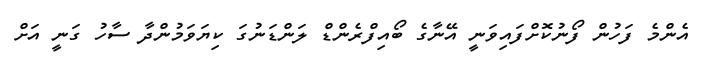
އެންމެ ފަހުން ފޯނުކޮށްފައިވަނީ އޭނާގެ ބޯއިފްރެންޑް ލަންޑަނުގަ ކިޔަވަމުންދާ ސާހު ގަނީ އަށް